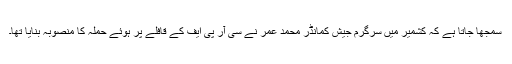
سمجھا جاتا ہے کہ کشمیر میں سرگرم جیش کمانڈر محمد عمر نے سی آر پی ایف کے قافلے پر ہوئے حملہ کا منصوبہ بنایا تھا۔